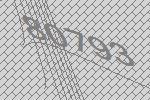
80793